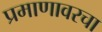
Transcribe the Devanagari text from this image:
प्रमाणावरचा